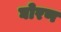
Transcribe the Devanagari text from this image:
घोरण